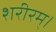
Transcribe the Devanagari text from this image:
शरीरम्।